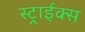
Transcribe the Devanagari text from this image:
स्ट्राईक्स